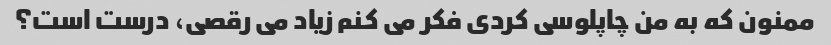
ممنون که به من چاپلوسی کردی فکر می کنم زیاد می رقصی، درست است؟